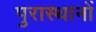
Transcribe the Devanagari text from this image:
पुरास्थानों